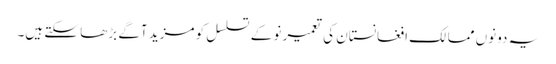
یہ دونوں ممالک افغانستان کی تعمیر نو کے تسلسل کو مزید آگے بڑھا سکتے ہیں۔